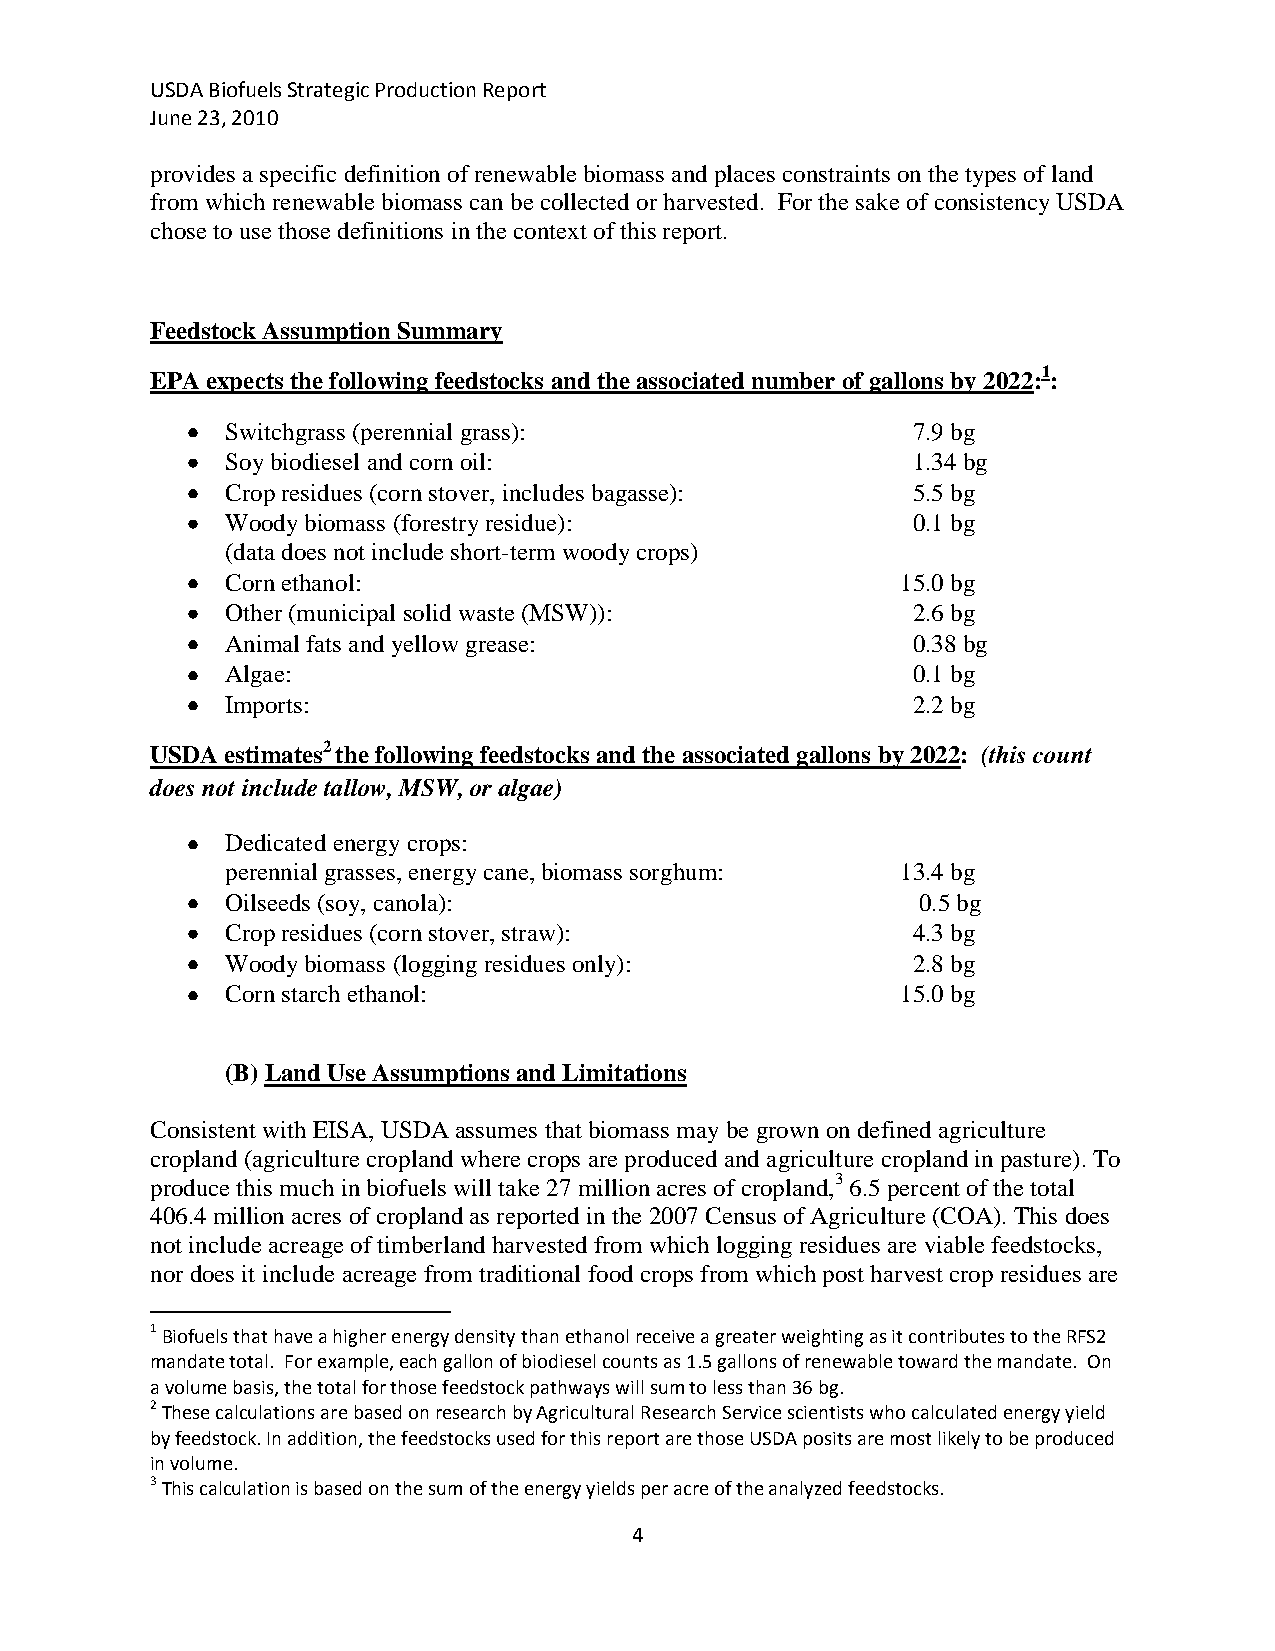
USDA Biofuels Strategic Production Report
 June 23, 2010
 provides a specific definition of renewable biomass and places constraints on the types of land
 from which renewable biomass can be collected or harvested. For the sake of consistency USDA
 chose to use those definitions in the context of this report.
 Feedstock Assumption Summary
 EPA expects the following feedstocks and the associated number of gallons by 2022:1:
 Switchgrass (perennial grass):               7.9 bg
 Soy biodiesel and corn oil:                  1.34 bg
 Crop residues (corn stover, includes bagasse): 5.5 bg
 Woody biomass (forestry residue):            0.1 bg
 (data does not include short-term woody crops)
 Corn ethanol:                                15.0 bg
 Other (municipal solid waste (MSW)):         2.6 bg
 Animal fats and yellow grease:               0.38 bg
 Algae:                                       0.1 bg
 Imports:                                     2.2 bg
 USDA estimates2the following feedstocks and the associated gallons by 2022: (this count
 does not include tallow, MSW, or algae)
 Dedicated energy crops:
 perennial grasses, energy cane, biomass sorghum: 13.4 bg
 Oilseeds (soy, canola):                       0.5 bg
 Crop residues (corn stover, straw):          4.3 bg
 Woody biomass (logging residues only):       2.8 bg
 Corn starch ethanol:                         15.0 bg
 (B) Land Use Assumptions and Limitations
 Consistent with EISA, USDA assumes that biomass may be grown on defined agriculture
 cropland (agriculture cropland where crops are produced and agriculture cropland in pasture). To
 produce this much in biofuels will take 27 million acres of cropland,3 6.5 percent of the total
 406.4 million acres of cropland as reported in the 2007 Census of Agriculture (COA). This does
 not include acreage of timberland harvested from which logging residues are viable feedstocks,
 nor does it include acreage from traditional food crops from which post harvest crop residues are
 1 Biofuels that have a higher energy density than ethanol receive a greater weighting as it contributes to the RFS2
 mandate total. For example, each gallon of biodiesel counts as 1.5 gallons of renewable toward the mandate. On
 a volume basis, the total for those feedstock pathways will sum to less than 36 bg.
 2 These calculations are based on research by Agricultural Research Service scientists who calculated energy yield
 by feedstock. In addition, the feedstocks used for this report are those USDA posits are most likely to be produced
 in volume.
 3 This calculation is based on the sum of the energy yields per acre of the analyzed feedstocks.
 4